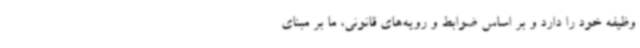
وظیفه خود را دارد و بر اساس ضوابط و رویه‌های قانونی، ما بر مبنای